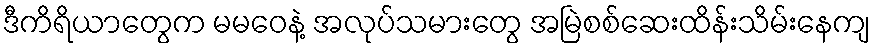
ဒီကိရိယာတွေက မမဝေနဲ့ အလုပ်သမားတွေ အမြဲစစ်ဆေးထိန်းသိမ်းနေကျ